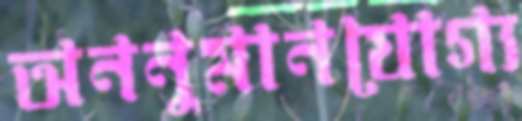
অননুমানযোগ্য